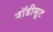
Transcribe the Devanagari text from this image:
बॉडीसूट